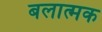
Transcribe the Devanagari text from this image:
बलात्मक